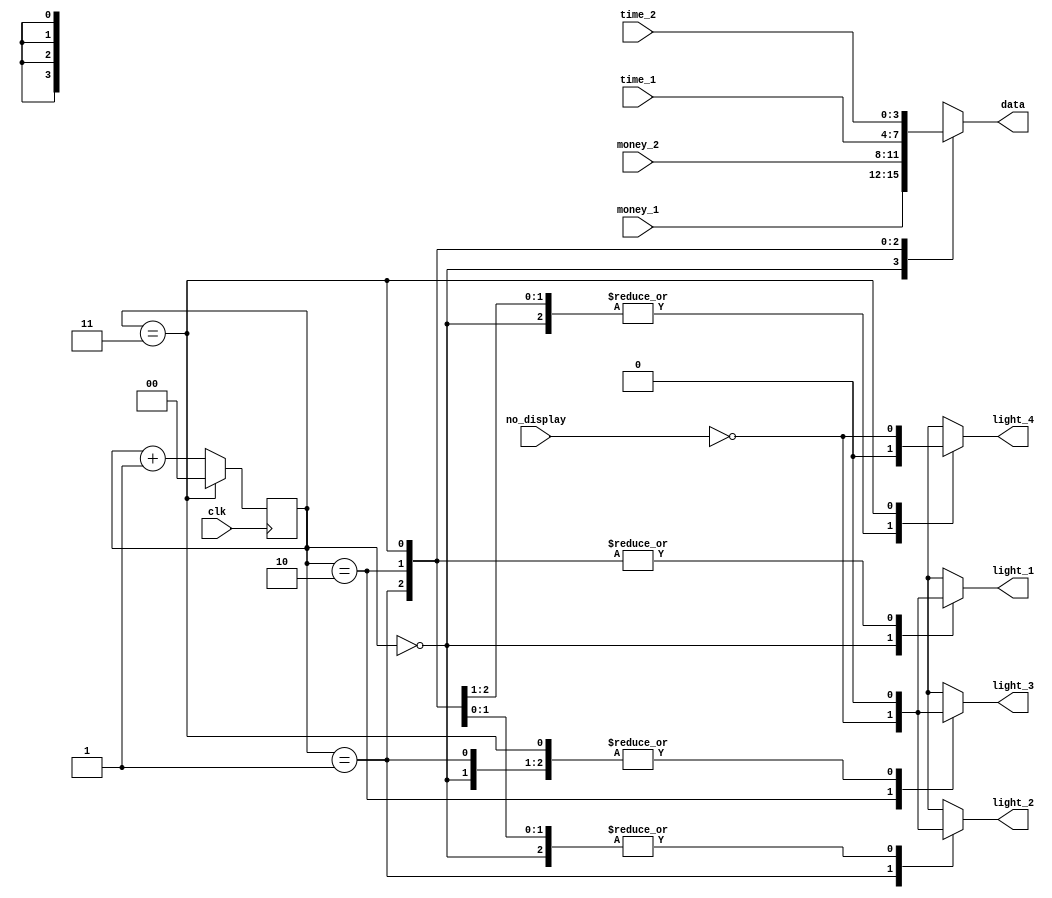
// Ouput Scanner
// Function: Scan the digital tubes for digital output.
// State: Finished.

module OutputScanner(
    input clk, //1000Hz after reduction
    input no_display,
    input [3:0] money_1,
    input [3:0] money_2,
    input [3:0] time_1,
    input [3:0] time_2,
    output reg[3:0] data,
    output reg light_1,
    output reg light_2,
    output reg light_3,
    output reg light_4
    );

    reg [1:0] cnt;
    parameter MAX = 3;
	 
    always@(posedge clk)begin
        cnt <= (cnt == MAX)? 0:cnt + 1;
    end
    
    always@(cnt) begin
        case(cnt)
            2'b00: begin
                data <= money_1;
                light_1 <= !no_display;
                light_2 <= 0;
                light_3 <= 0;
                light_4 <= 0;
            end
            2'b01: begin
                data <= money_2;
                light_2 <= !no_display;
                light_1 <= 0;
                light_3 <= 0;
                light_4 <= 0;
            end
            2'b10: begin
                data <= time_1;
                light_3 <= !no_display;
                light_1 <= 0;
                light_2 <= 0;
                light_4 <= 0;
            end
            2'b11: begin
                data <= time_2;
                light_4 <= !no_display;
                light_3 <= 0;
                light_2 <= 0;
                light_1 <= 0;
            end
        endcase
    end

endmodule